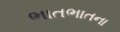
ભાતભાતના